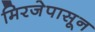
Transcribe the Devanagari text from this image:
मिरजेपासून